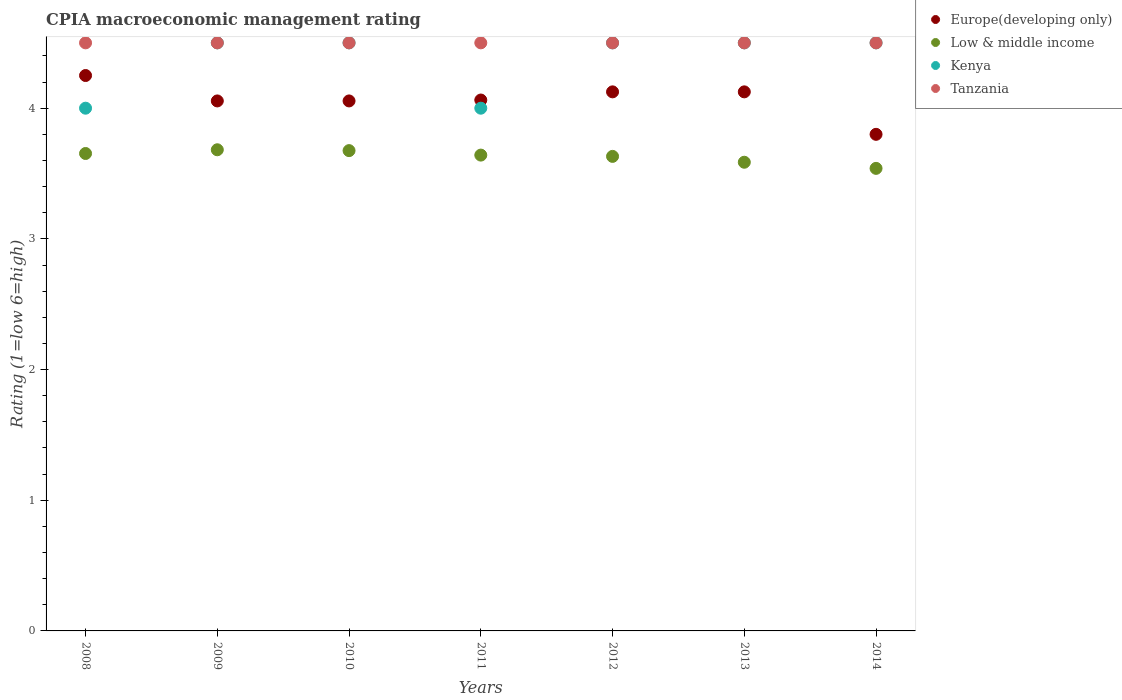
| Years | Europe(developing only) | Low & middle income | Kenya | Tanzania |
 | --- | --- | --- | --- | --- |
 | 2008 | 4.25 | 3.65 | 4 | 4.5 |
 | 2009 | 4.06 | 3.68 | 4.5 | 4.5 |
 | 2010 | 4.06 | 3.68 | 4.5 | 4.5 |
 | 2011 | 4.06 | 3.64 | 4 | 4.5 |
 | 2012 | 4.12 | 3.63 | 4.5 | 4.5 |
 | 2013 | 4.12 | 3.59 | 4.5 | 4.5 |
 | 2014 | 3.8 | 3.54 | 4.5 | 4.5 |